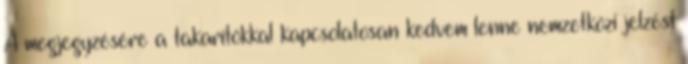
A megjegyzésére a takarítókkal kapcsolatosan kedvem lenne nemzetközi jelzést